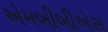
એમબીબીએસ